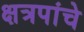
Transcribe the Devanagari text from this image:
क्षत्रपांचे